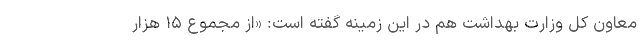
معاون کل وزارت بهداشت هم در این زمینه گفته است: «از مجموع ۱۵ هزار